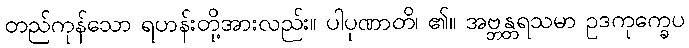
တည်ကုန်သော ရဟန်းတို့အားလည်း။ ပါပုဏာတိ၊ ၏။ အဗ္ဘန္တရသမာ ဥဒကုက္ခေပ